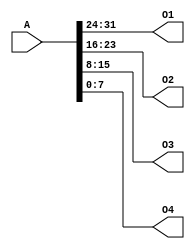
`timescale 1ns / 1ps
//////////////////////////////////////////////////////////////////////////////////
// Company: 
// Engineer: 
// 
// Design Name: 
// Module Name:    splitter 
// Project Name: 
// Target Devices: 
// Tool versions: 
// Description: 
//
// Dependencies: 
//
// Revision: 
// Revision 0.01 - File Created
// Additional Comments: 
//
//////////////////////////////////////////////////////////////////////////////////
module splitter(
    input [31:0] A,
    output [7:0] O1,
    output [7:0] O2,
    output [7:0] O3,
    output [7:0] O4
    );
    assign O1 = A[31:24];
    assign O2 = A[23:16];
    assign O3 = A[15:8];
    assign O4 = A[7:0];


endmodule